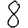
Digit: 8